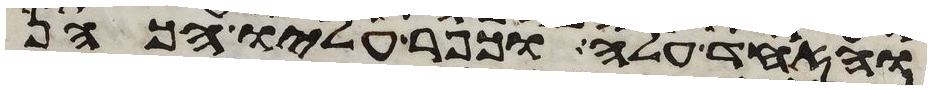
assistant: ואחד עלה וכפר עליו הכהן